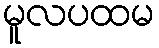
မူလပထမ